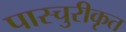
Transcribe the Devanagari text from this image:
पास्चुरीकृत